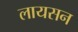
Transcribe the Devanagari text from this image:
लायसन